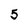
Character: 5